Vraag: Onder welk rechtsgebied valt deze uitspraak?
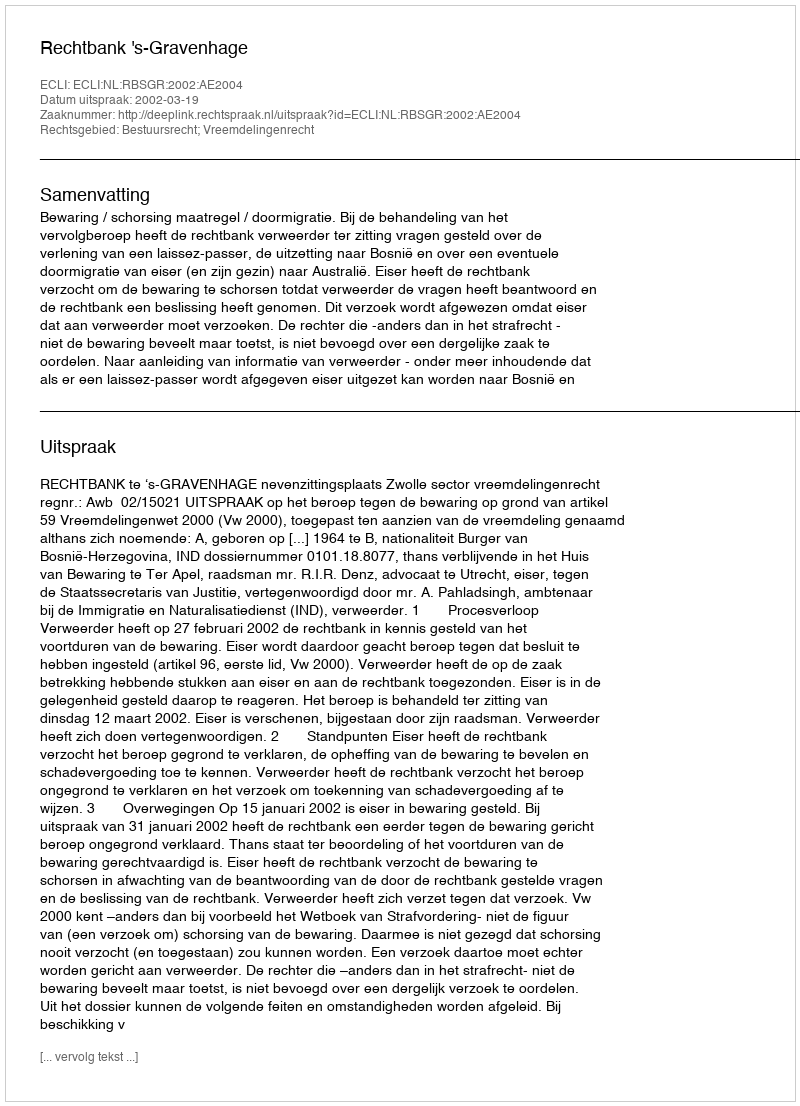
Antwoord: Bestuursrecht; Vreemdelingenrecht